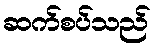
ဆက်စပ်သည်